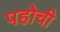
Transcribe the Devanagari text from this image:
पहोची